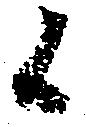
候